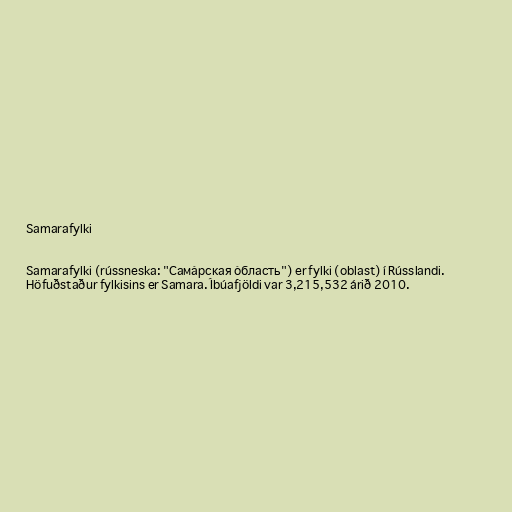
Samarafylki

Samarafylki (rússneska: "Сама́рская о́бласть") er fylki (oblast) í Rússlandi.
Höfuðstaður fylkisins er Samara. Íbúafjöldi var 3,215,532 árið 2010.